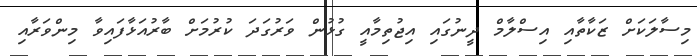
މިސާލަކަށް ޒަކާތާއި އިސްލާމް ދީނުގައި އިޖުތިމާއީ ގުޅުން ވަރުގަދަ ކުރުމަށް ބާރުއަޅާފައިވާ މިންވަރާއި